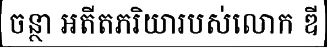
ចន្ថា អតីតភរិយារបស់លោក ឌី